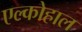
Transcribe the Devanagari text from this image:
एल्कोहाल